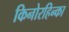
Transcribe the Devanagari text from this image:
किनोरहिन्का